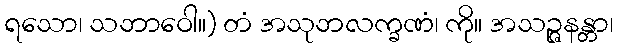
ရသော၊ သဘာဝေါ။) တံ အသုဘလက္ခဏံ၊ ကို။ အသဉ္ဇနန္တာ၊